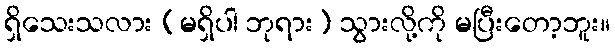
ရှိသေးသလား (မရှိပါ ဘုရား) သွားလို့ကို မပြီးတော့ဘူး။